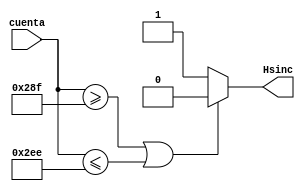
`timescale 1ns / 1ps
//////////////////////////////////////////////////////////////////////////////////
// Company: 
// Engineer: 
// 
// Design Name: 
// Module Name:    genradorHsinc 
// Project Name: 
// Target Devices: 
// Tool versions: 
// Description: 
//
// Dependencies: 
//
// Revision: 
// Revision 0.01 - File Created
// Additional Comments: 
//
//////////////////////////////////////////////////////////////////////////////////
module genradorHsinc(cuenta,Hsinc);
	input [9:0] cuenta;
	output Hsinc;
	reg Hsinc;
	//wire [9:0] cuenta;
	always @(cuenta)
	begin
		if(cuenta >=655 || cuenta <= 750) Hsinc =0;
		else Hsinc = 1;
	end
endmodule